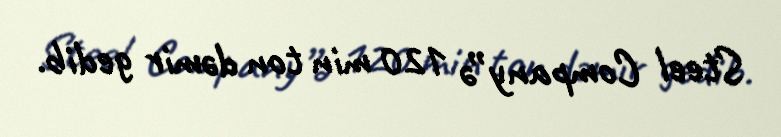
Steel Company”ə 120 min ton dəmir gedib.